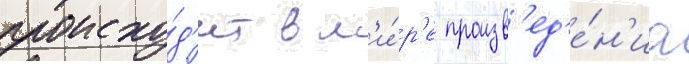
происхо́д'ит в м'и́р'е произв'ед'е́н'иа